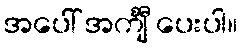
အပေါ် အင်္ကျီ ပေးပါ။